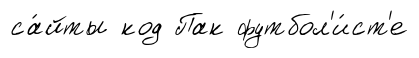
са́йты код Пак футбол'и́ст'е